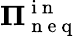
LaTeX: \mathbf{\Pi}_{\mathrm{~n~e~q~}}^{\mathrm{~i~n~}}